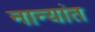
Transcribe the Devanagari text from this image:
नान्यांत